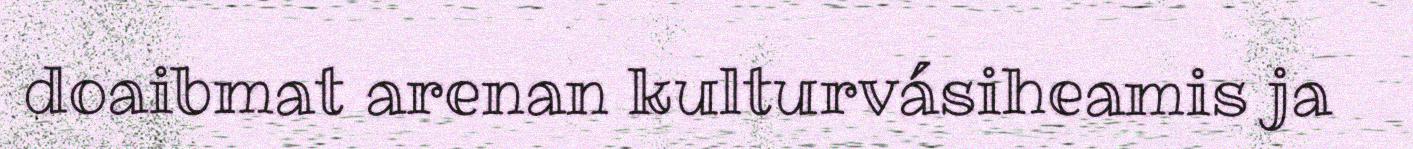
doaibmat arenan kulturvásiheamis ja